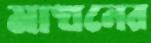
মাখনের